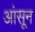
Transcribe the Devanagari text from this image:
आंसून